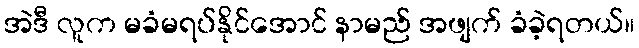
အဲဒီ လူက မခံမရပ်နိုင်အောင် နာမည် အဖျက် ခံခဲ့ရတယ်။